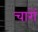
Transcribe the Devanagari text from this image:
चारोंं